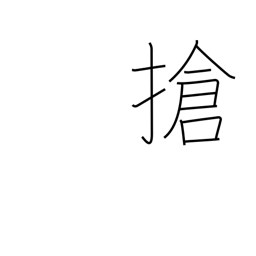
Meaning: assemble